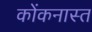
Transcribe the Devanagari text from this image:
कोंकनास्त